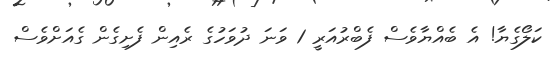
ކަލޯގެޔާ! އެ ބެއްޔާވެސް ފެބްރުއަރީ 1 ވަނަ ދުވަހުގެ ރެއިން ފެށިގެން ގެއަށްވެސް